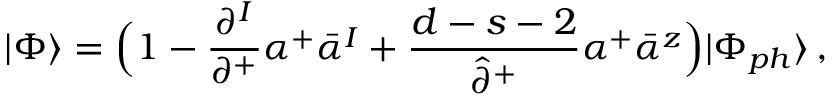
| \Phi \rangle = \Bigl ( 1 - \frac { \partial ^ { I } } { \partial ^ { + } } \alpha ^ { + } \bar { \alpha } ^ { I } + \frac { d - s - 2 } { \hat { \partial } ^ { + } } \alpha ^ { + } \bar { \alpha } ^ { z } \Bigr ) | \Phi _ { p h } \rangle \, ,